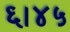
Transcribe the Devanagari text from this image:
६।४५